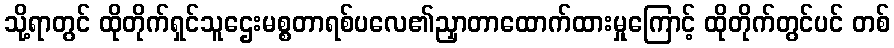
သို့ရာတွင် ထိုတိုက်ရှင်သူဌေးမစ္စတာရစ်ပလေ၏ညှာတာထောက်ထားမှုကြောင့် ထိုတိုက်တွင်ပင် တစ်